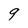
Character: 9